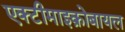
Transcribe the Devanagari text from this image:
एक्टीमाइक्रोबायल